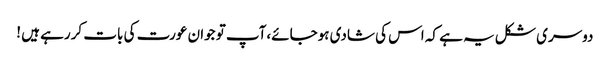
دوسری شکل یہ ہے کہ اس کی شادی ہوجائے،آپ تو جوان عورت کی بات کررہے ہیں !